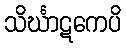
သိင်္ဃာဋကေပိ